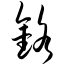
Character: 铬